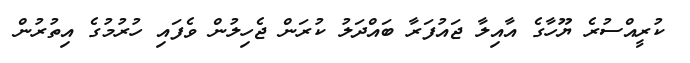
ކުރީއްސުރެ ޔޫހާގެ އާއިލާ ޖައުފަރާ ބައްދަލު ކުރަން ޖެހިލުން ވެފައި ހުރުމުގެ އިތުރުން